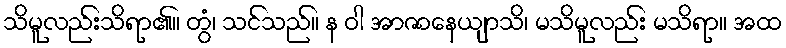
သိမူလည်းသိရာ၏။ တွံ၊ သင်သည်။ န ဝါ အာဇာနေယျာသိ၊ မသိမူလည်း မသိရာ။ အထ